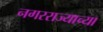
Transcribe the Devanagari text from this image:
नगरराज्याच्या